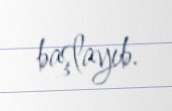
başlayıb.